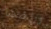
ورائها